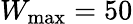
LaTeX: W_{\mathrm{max}}=50